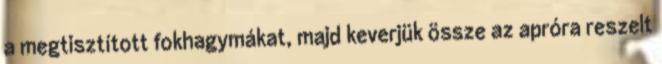
a megtisztított fokhagymákat, majd keverjük össze az apróra reszelt